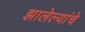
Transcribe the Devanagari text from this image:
झालेल्यांचे